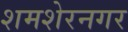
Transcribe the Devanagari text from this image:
शमशेरनगर